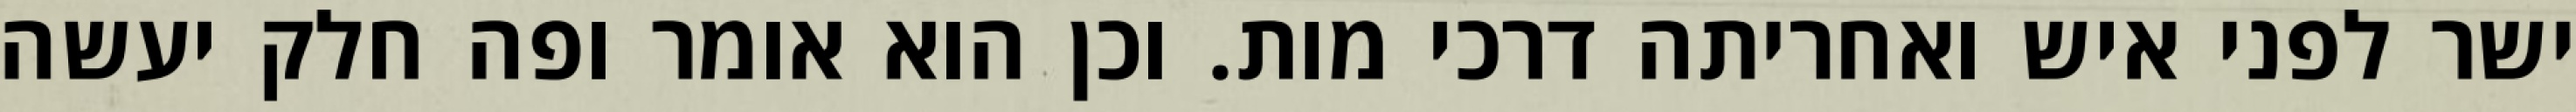
ישר לפני איש ואחריתה דרכי מות. וכן הוא אומר ופה חלק יעשה